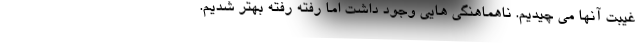
غیبت آنها می چیدیم. ناهماهنگی هایی وجود داشت اما رفته رفته بهتر شدیم.